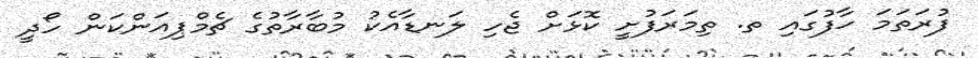
ފުރަތަމަ ހާފުގައި ތ. ތިމަރަފުށީ ކޮޅަށް ޖެހި ލަނޑާއެކު މުބާރާތުގެ ޗެމްޕިއަންކަން ހޯދީ